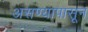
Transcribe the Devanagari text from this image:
असण्यापासून